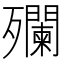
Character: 𣩼